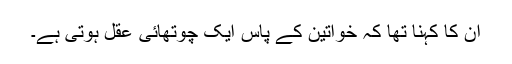
ان کا کہنا تھا کہ خواتین کے پاس ایک چوتھائی عقل ہوتی ہے۔